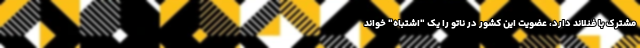
مشترک با فنلاند دارد، عضویت این کشور در ناتو را یک "اشتباه" خواند